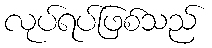
လုပ်ရပ်ဖြစ်သည်